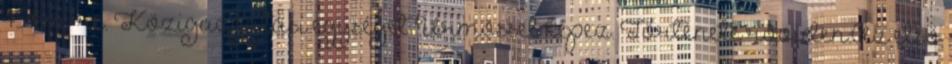
45 km-re. Közigazgatási egységet Ürmössel képez. Története röviden:Az első